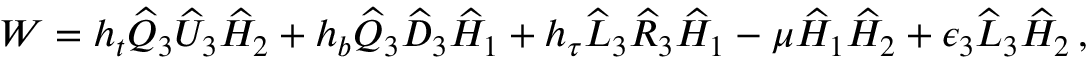
W = h _ { t } \widehat Q _ { 3 } \widehat U _ { 3 } \widehat H _ { 2 } + h _ { b } \widehat Q _ { 3 } \widehat D _ { 3 } \widehat H _ { 1 } + h _ { \tau } \widehat L _ { 3 } \widehat R _ { 3 } \widehat H _ { 1 } - \mu \widehat H _ { 1 } \widehat H _ { 2 } + \epsilon _ { 3 } \widehat L _ { 3 } \widehat H _ { 2 } \, ,